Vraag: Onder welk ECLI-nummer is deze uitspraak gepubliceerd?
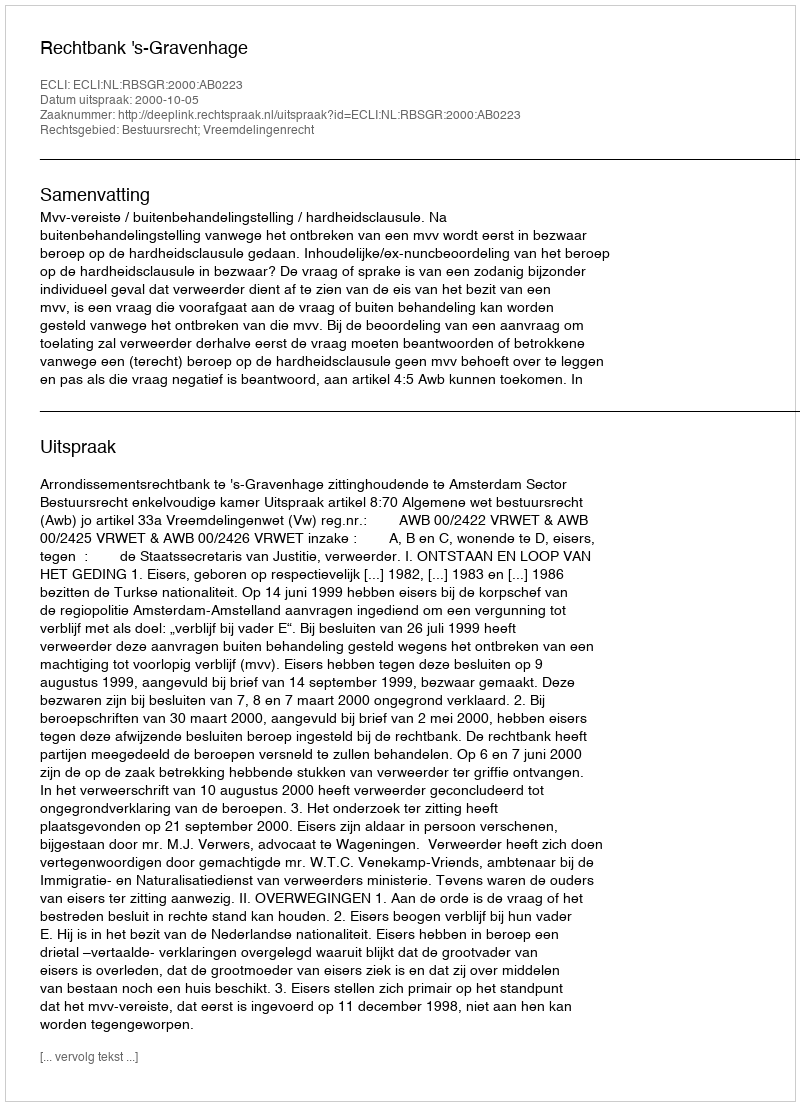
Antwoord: ECLI:NL:RBSGR:2000:AB0223